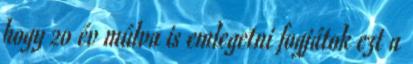
hogy 20 év múlva is emlegetni fogjátok ezt a